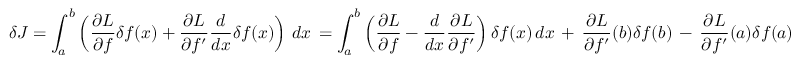
\delta J = \int _ { a } ^ { b } \left( { \frac { \partial L } { \partial f } } \delta f ( x ) + { \frac { \partial L } { \partial f ^ { \prime } } } { \frac { d } { d x } } \delta f ( x ) \right) \, d x \, = \int _ { a } ^ { b } \left( { \frac { \partial L } { \partial f } } - { \frac { d } { d x } } { \frac { \partial L } { \partial f ^ { \prime } } } \right) \delta f ( x ) \, d x \, + \, { \frac { \partial L } { \partial f ^ { \prime } } } ( b ) \delta f ( b ) \, - \, { \frac { \partial L } { \partial f ^ { \prime } } } ( a ) \delta f ( a )